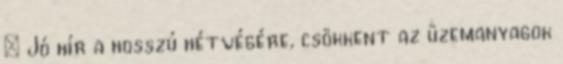
» Jó hír a hosszú hétvégére, csökkent az üzemanyagok